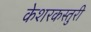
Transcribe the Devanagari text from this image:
केशरकस्तुरी